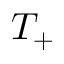
T _ { + }